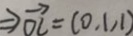
\rightarrow \overrightarrow { O C } = ( 0 . 1 , 1 )